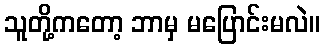
သူတို့ကတော့ ဘာမှ မပြောင်းမလဲ။